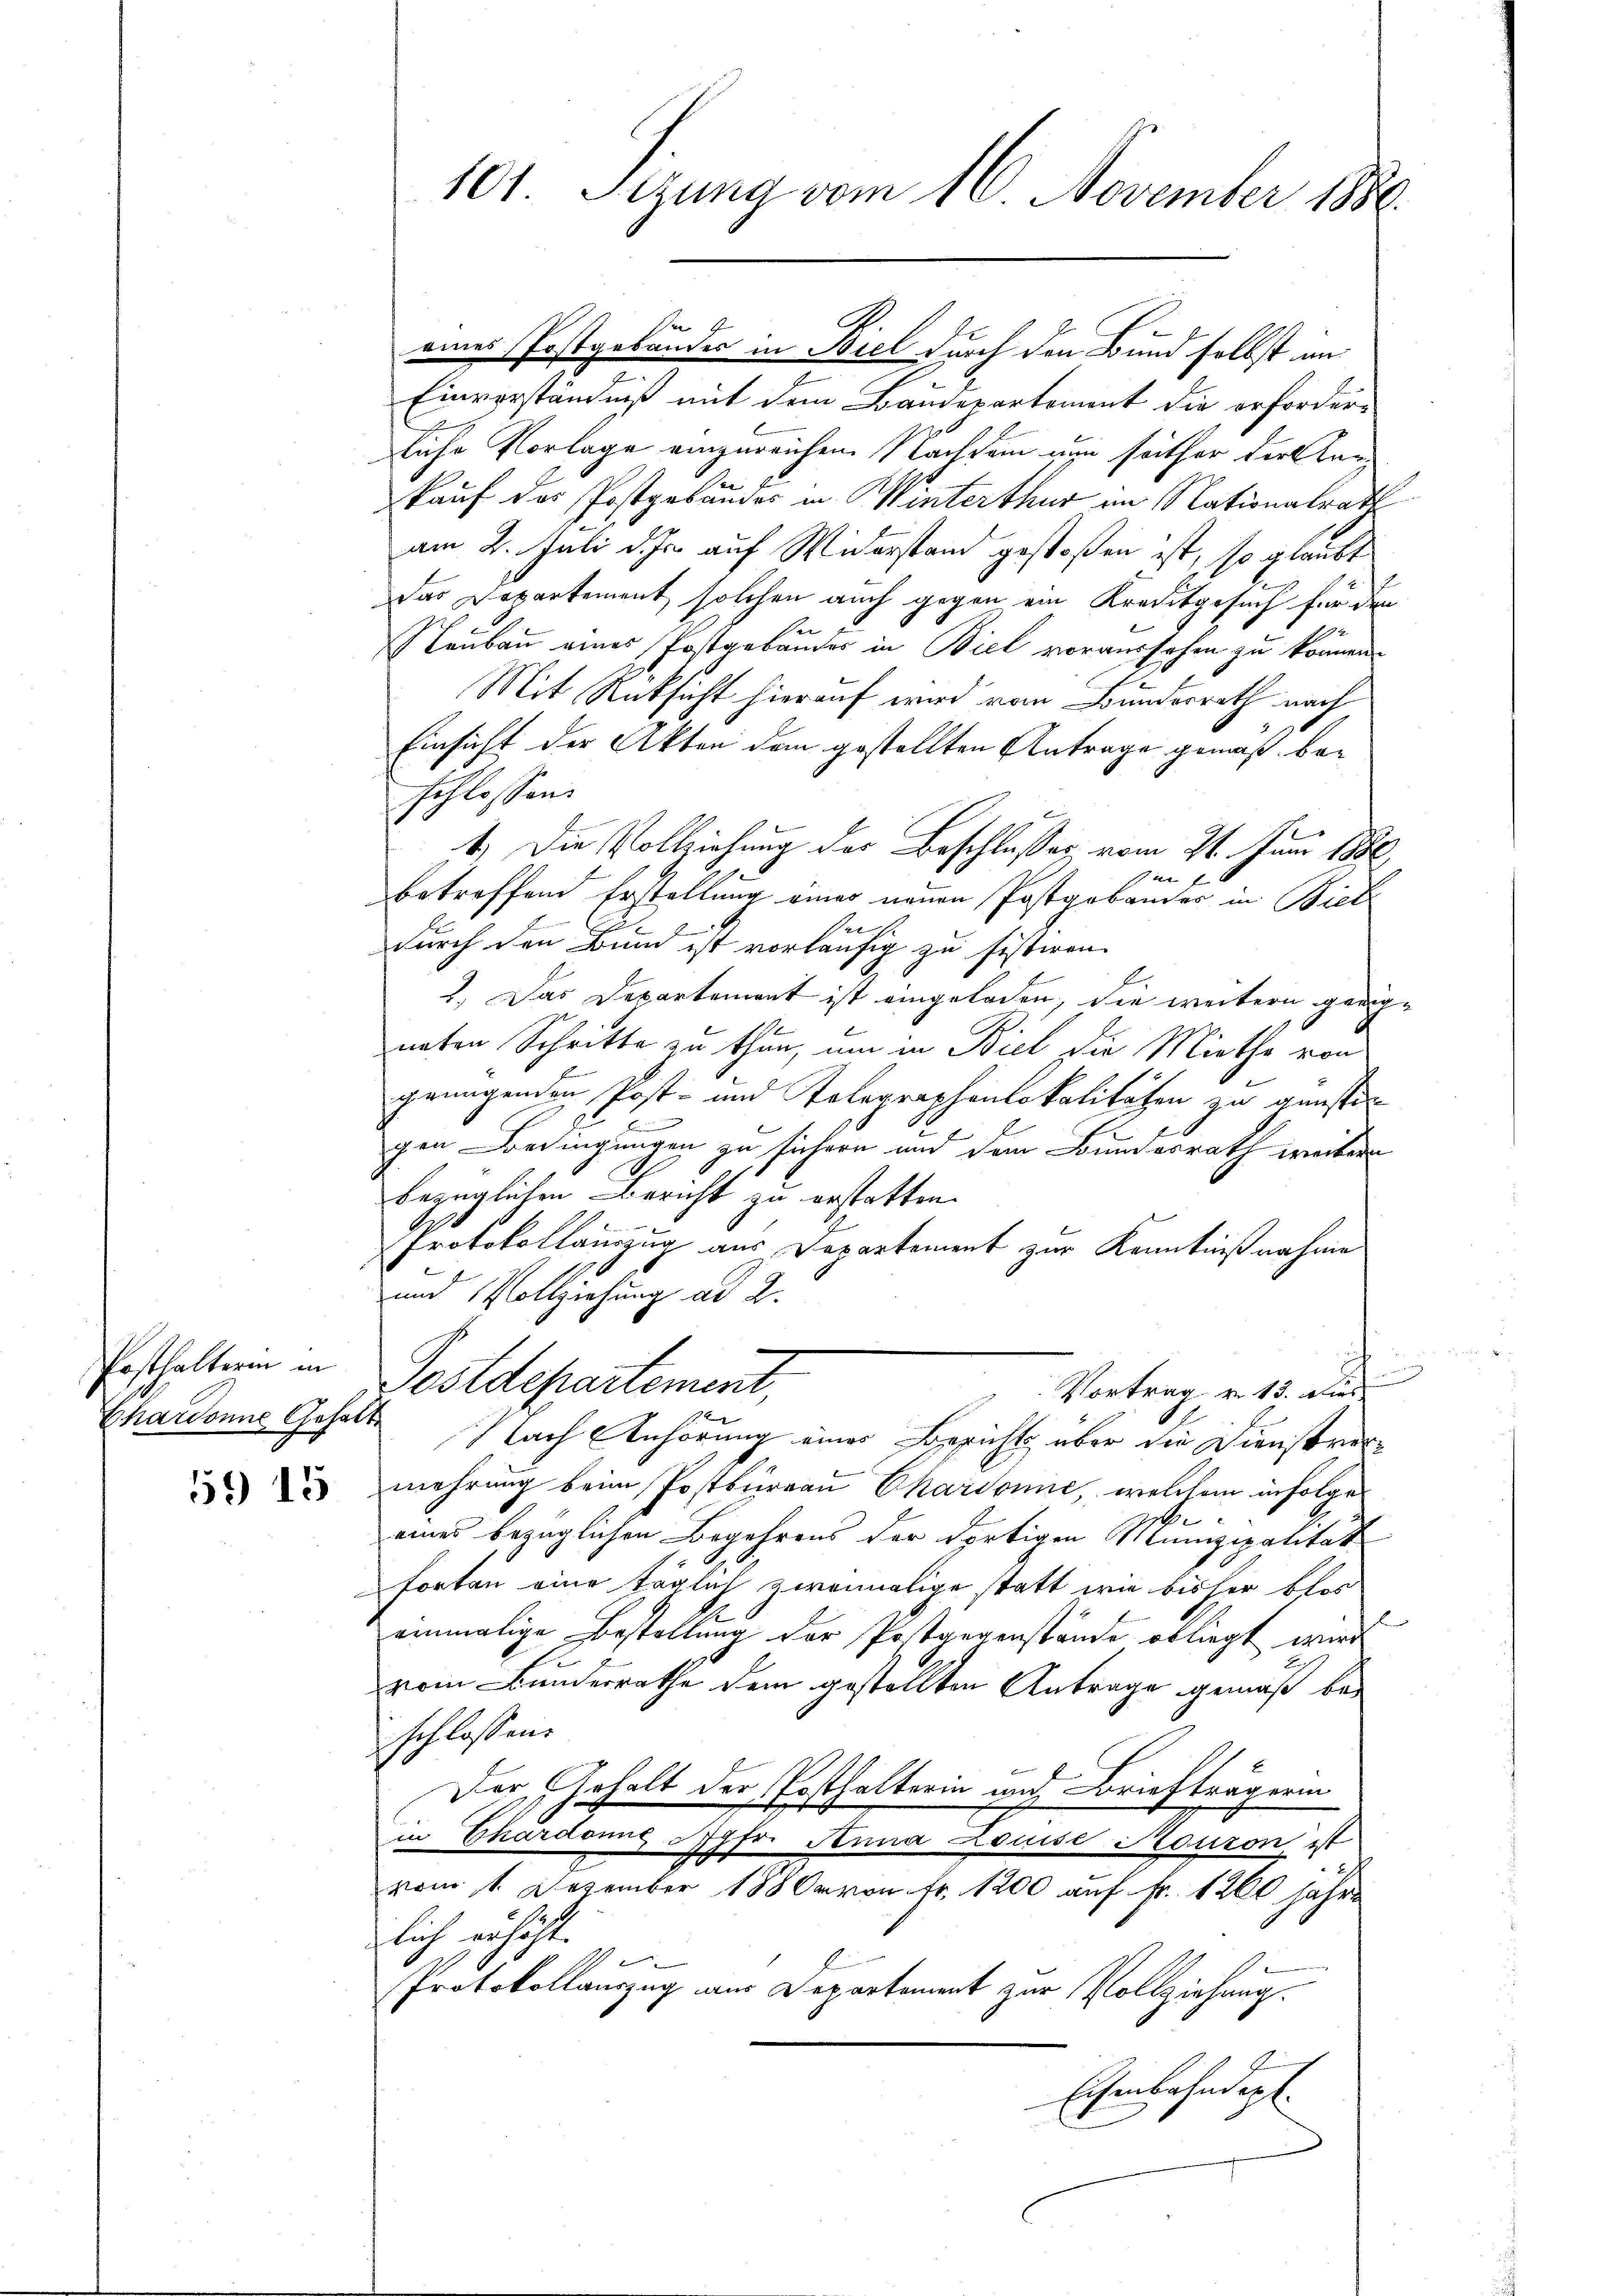
Posthalterin in
Chardonne Gehalt

59) 15

101. Sizung vom 16. November 1886.

eines Postgebäudes in Biel durch den Bund selbst im
Einverständniß mit dem Baudepartement die erforderliche Vorlage einzureichen. Nachdem nun seither der er
kauf das Postgebäudes in Winterthur im Nationalrath
am 2. Juli d. Js. auf Widerstand gestoßen ist, so glaubt
Das Departement, solchen auch gegen ein Kreditgesuch für den
her
Neubau eines Postgebäudes in Biel voraussehen zu können.
Mit Rücksicht hierauf wird vom Bundesrath nach
Einsicht der Akten dem gestellten Antrage gemäß beschlossen:
2
1.) Die Vollziehung der Beschlußes vom 21. Juni 1886
e
betreffend Erstellung einer neuen Postgabander in Biel
rette
durch den Bund ist vorläufig zu sistiren.
2.) Das Departement ist eingeladen, die weitern gedigneten Schritte zu thun, um in Biel die Miethe von
grungenden Post- und Telegraphenlokalitäten zu gunsten
e
gen Bedingungen zu sichern und dem Bundesrath weitern
bezüglichen Bericht zu erstatten.
Protokollauszug aus Departement zur Kenntnißnahme
und Vollziehung ad 2.
Postdepartement,
Vortrag v. 13. dies
Nach Anhörung eines Berichts über die Dienstrucmehrung beim Postbureau Chardonne, welchem infolge
eines bezüglichen Begehrens der dortigen Munizipalität
Forten eine täglich zweimalige statt wie bisher blos
einmalige Bestellung der Postgegenstände obliegt wird
f
vom Bundesrathe dem gestellten Antrage gemäß beschlossen:
Der Gehalt der Posthalterin und Briefträgerin
in Chardonne Pfr. Anna Louise Moudon ist
vom 1. Dezember 1880 von Fr. 1200 auf Fr. 1200 jähre
lich erhöht.
Protokollauszug aus Departement zur Vollziehung.
Eisenbahndept.